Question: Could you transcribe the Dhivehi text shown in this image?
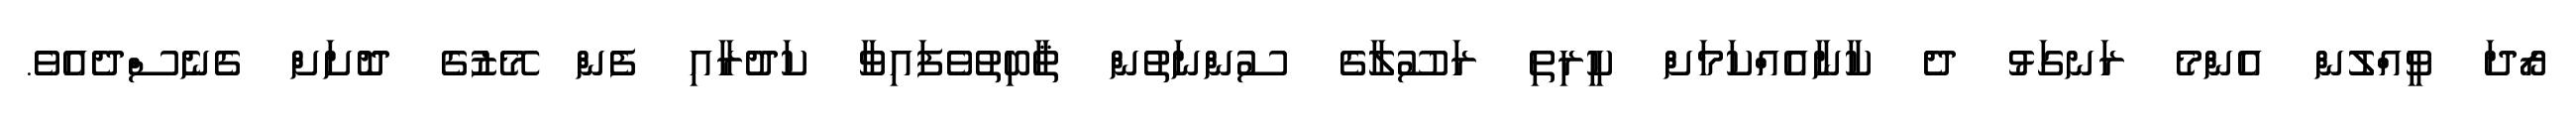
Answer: ރޯދަ ވީއްލުން އެންމެ ރަނގަޅު ދެ ކާނާއެއްކަމަށް ކީރިތި ރަސޫލާގެ ސުންނަތުން ޘާބިތުވެފައިވާ ކަދުރާއި ފެން މޭޒުގެ ދޮށަށް ގެނެސްދެއެވެ.